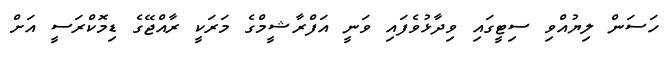
ހަސަން ލިޔުއްވި ސިޓީގައި ވިދާޅުވެފައި ވަނީ އަފްރާޝީމްގެ މަރަކީ ރާއްޖޭގެ ޑިމޮކްރަސީ އަށް